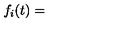
f _ { i } ( t ) =